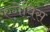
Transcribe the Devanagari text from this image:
एगेविस